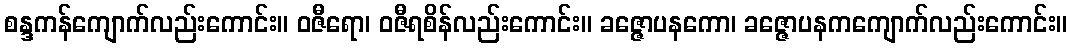
စန္ဒကန်ကျောက်လည်းကောင်း။ ဝဇီရော၊ ဝဇီရစိန်လည်းကောင်း။ ခဇ္ဇောပနကော၊ ခဇ္ဇောပနကကျောက်လည်းကောင်း။